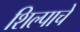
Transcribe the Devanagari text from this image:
शिल्पाचे